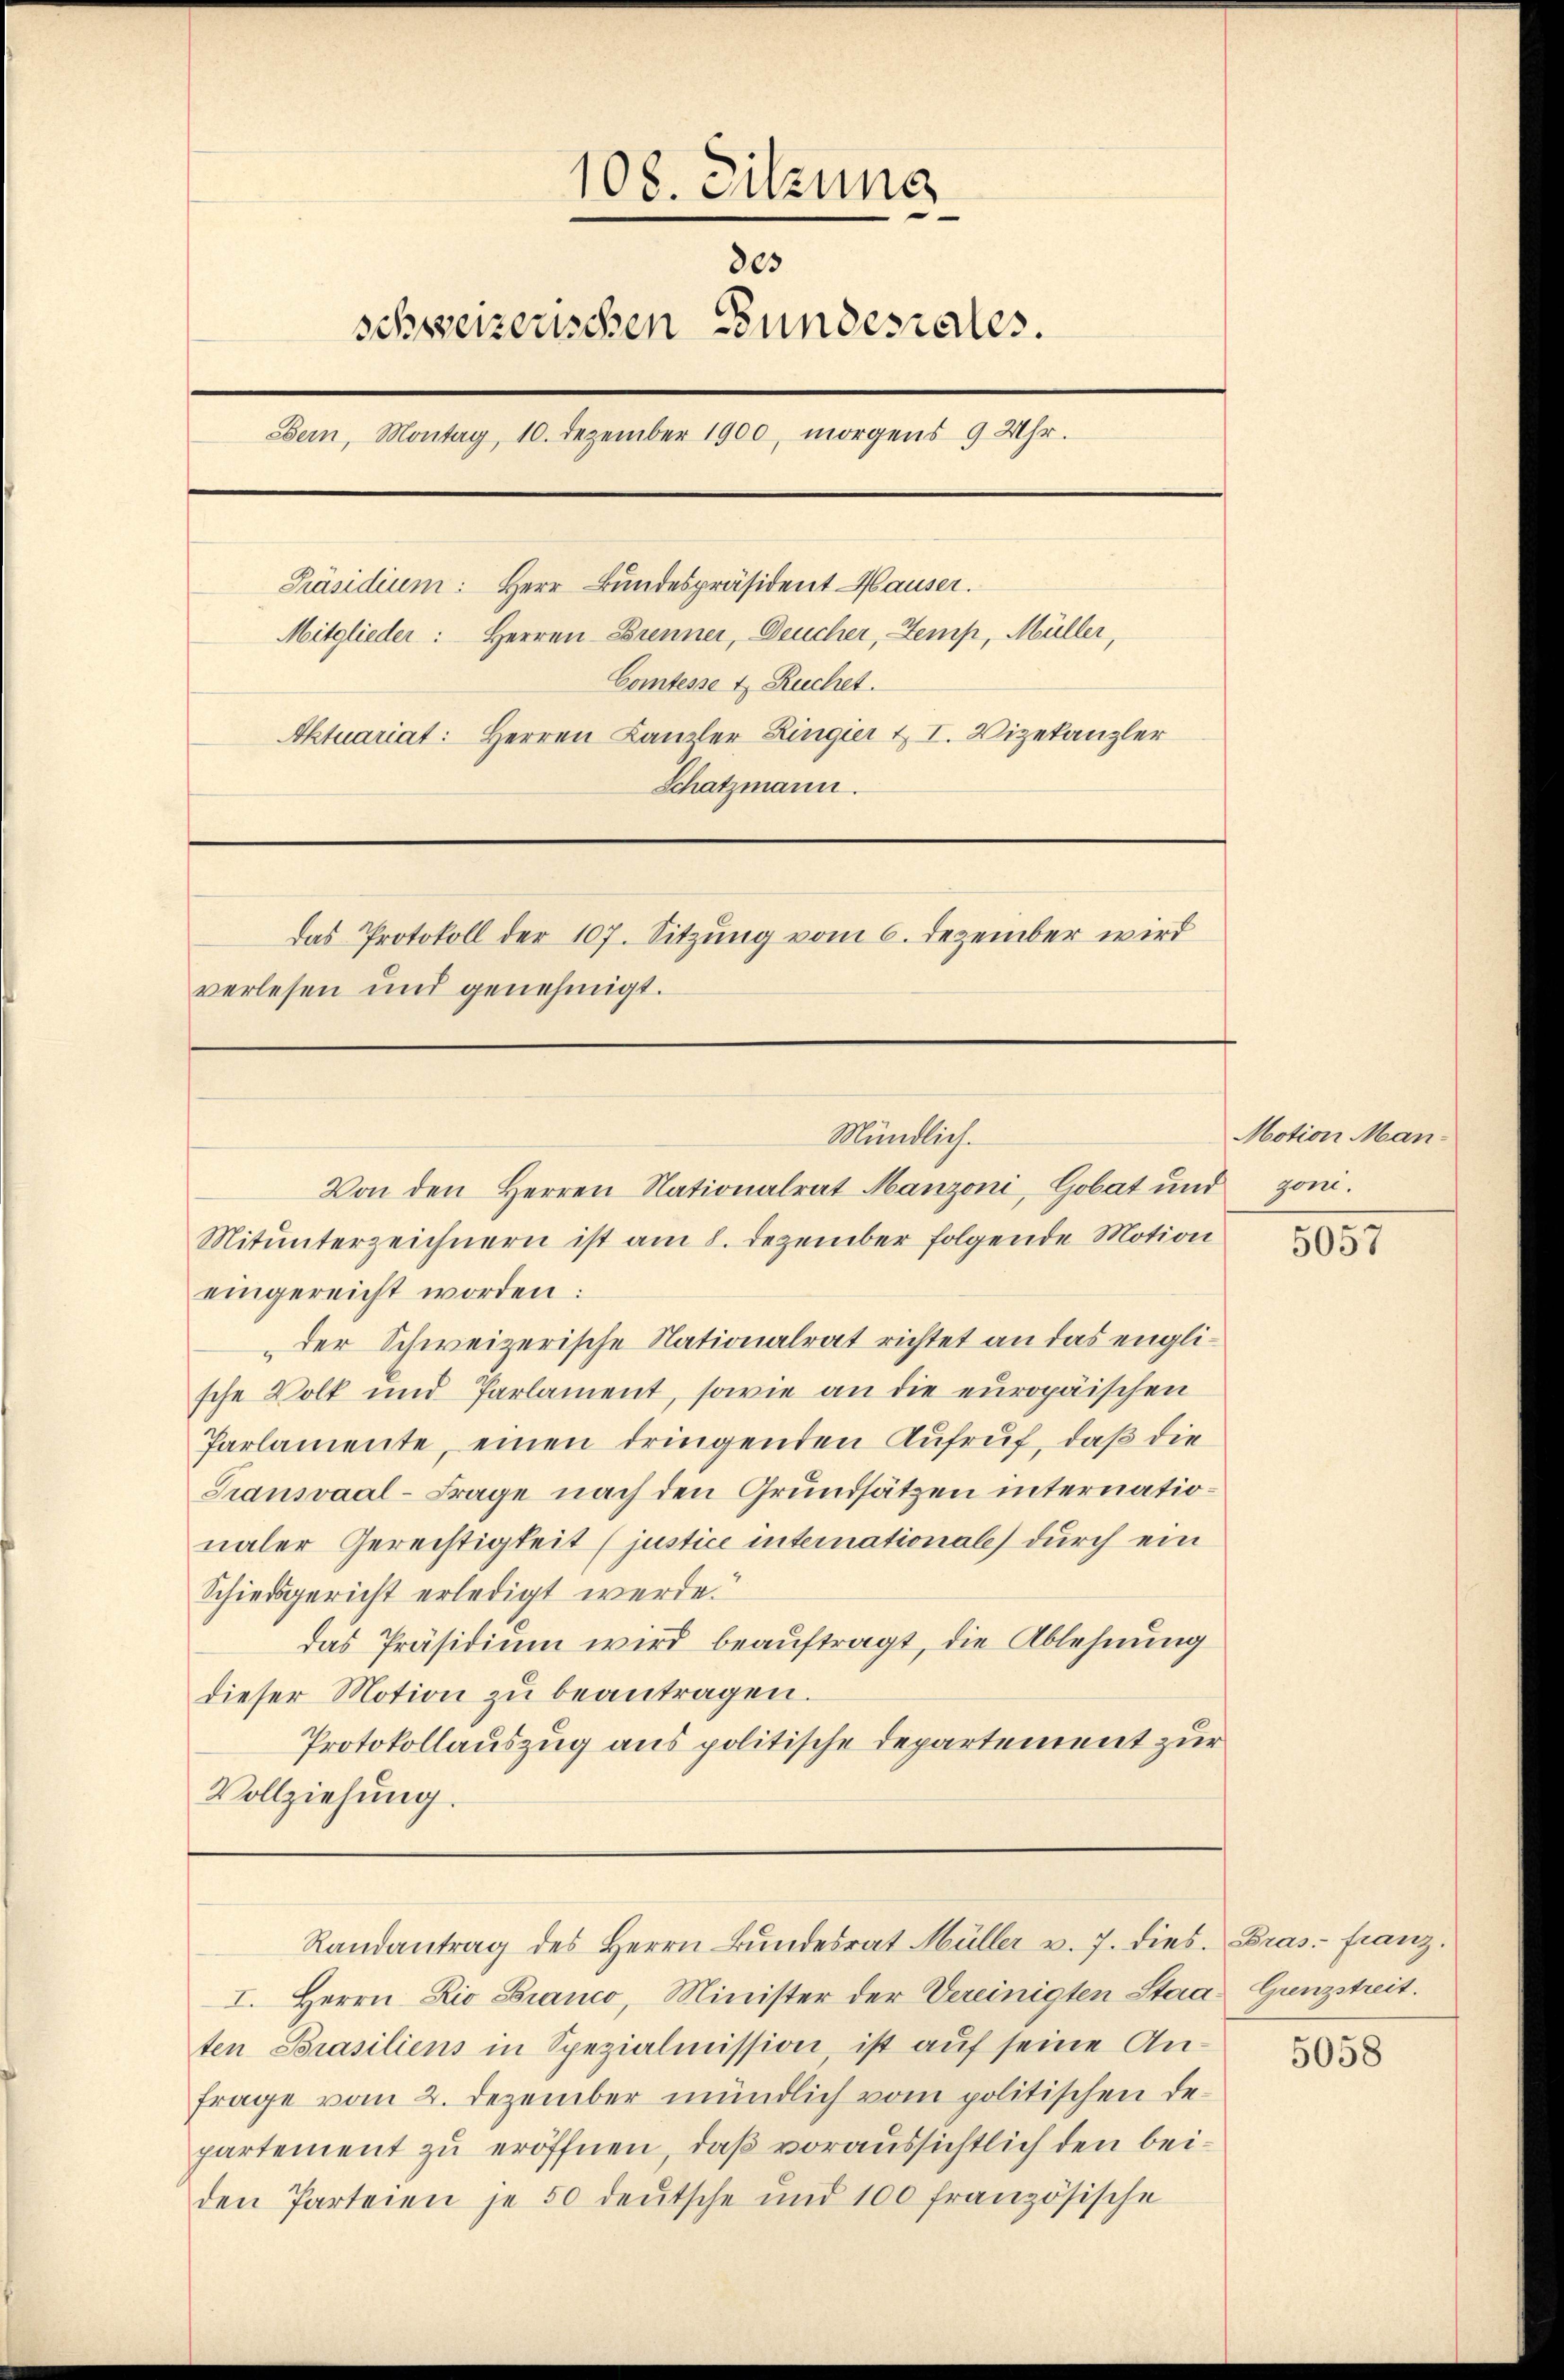
108. Sitzung
des
schweizerischen Bundesrates.
Bern, Montag, 10. Dezember 1900, morgens 9 Uhr.
Präsidium: Herr Bundespräsident Hauser.
Mitglieder: Herren Brenner, Deucher, Zemp, Müller,
Comtesse u. Ruchet.
Aktuariat: Herren Kanzler Ringier u. I. Vizekanzler
Schatzmann.
Das Protokoll der 107. Sitzung vom 6. Dezember wird
verlesen und genehmigt.

Mündlich.

Von den Herren Nationalrat Manzoni, Gobat und
Mitunterzeichnern ist am 8. Dezember folgende Motion
eingereicht worden:
der Schweizerische Nationalrat richtet an das englische Volk und Parlament, sowie an die europäischen
Parlamente, einen dringenden Aufruf, daß die
Transvaal-Frage nach den Grundsätzen internationaler Gerechtigkeit (justice internationale) durch ein
Schiedsgericht erledigt werde.
das Präsidium wird beauftragt, die Ablehnung
dieser Motion zu beantragen.
Protokollauszug aus politische Departement zur
Vollziehung.

I. Herrn Zio Bianco, Minister der Vereinigten Staa Gunzstreit.
ten Brasiliens in Spezialmission ist auf seine Anfrage vom 2. Dezember mündlich vom politischen Departement zu eröffnen, daß voraussichtlich den beiden Parteien je 50 deutsche und 100 französische

Randantrag des Herrn Bŭndesrat Müller v. 7. dies. Bras- Franz.

Motion Mangon.

5057

5058